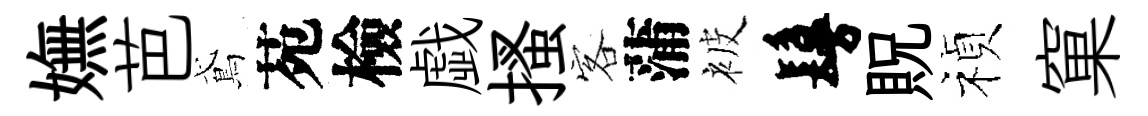
嫵芭鳶苑檢戯搔客蒲被鬘貺禎窠